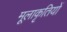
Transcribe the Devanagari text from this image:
मूलाकृतियों